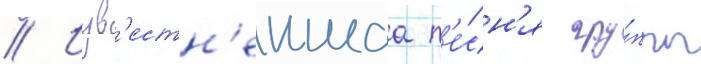
// Изв'естн'еишаа п'е́сн'я гру́ппы